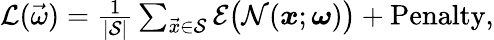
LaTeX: \begin{array}{r}{\mathcal{L}(\vec{\omega})=\frac{1}{|\mathcal{S}|}\sum_{\vec{x}\in\mathcal{S}}\mathcal{E}\big(\mathcal{N}(\boldsymbol{x};\boldsymbol{\omega})\big)+\textrm{Penalty},}\end{array}